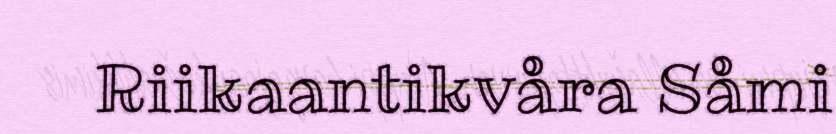
Riikaantikvåra Såmi